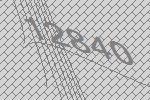
12840